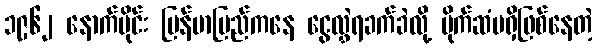
၁၉၆၂ နောက်ပိုင်း မြန်မာပြည်ကနေ ငွေလွှဲရခက်ခဲလို့ ပိုက်ဆံမရှိဖြစ်နေတဲ့